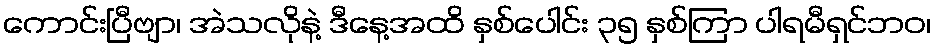
ကောင်းပြီဗျာ၊ အဲသလိုနဲ့ ဒီနေ့အထိ နှစ်ပေါင်း ၃၅ နှစ်ကြာ ပါရမီရှင်ဘဝ၊